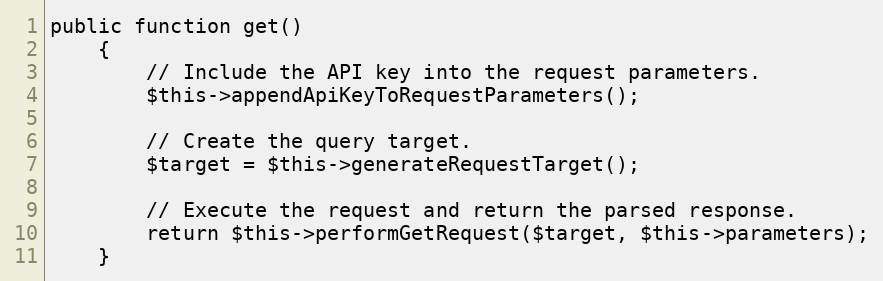
Language: PHP
public function get()
	{
		// Include the API key into the request parameters.
		$this->appendApiKeyToRequestParameters();

		// Create the query target.
		$target = $this->generateRequestTarget();

		// Execute the request and return the parsed response.
		return $this->performGetRequest($target, $this->parameters);
	}